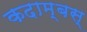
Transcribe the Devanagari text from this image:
कदाम्बस्